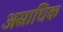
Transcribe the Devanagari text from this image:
असांधिक